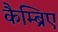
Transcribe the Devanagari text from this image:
कैम्ब्रिए